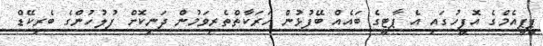
ޕީޕީއެމްގެ އޮފީހުގައި އެ ޕާޓީގެ ބައެއް ބޭފުޅުން ހަރަކާތްތެރިވަމުން ދަނިކޮށް ފުލުހުންގެ ބެރިކޭޑް